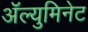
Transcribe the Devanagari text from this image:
ॲल्युमिनेट